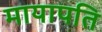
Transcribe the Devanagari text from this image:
मायापति